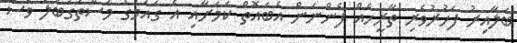
ބަލާއިރު ފަހުރުވެރި ތާރީހެއް ފެންނަން އެބައޮތް ކަމަށާއި އެ ގައުމުގެ މުސްތަގުބަލު ވެސް